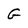
Character: G